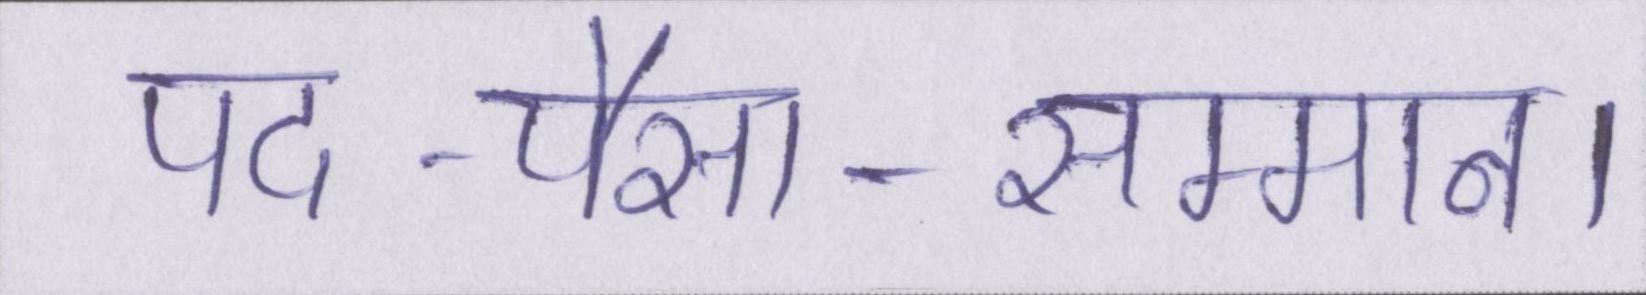
पद-पैसा-सम्मान।